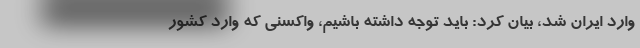
وارد ایران شد، بیان کرد: باید توجه داشته باشیم، واکسنی که وارد کشور